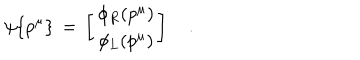
\psi \{ p ^ { \mu } \} \, = \, \left[ \begin{array} { c } { { \phi _ { R } ( p ^ { \mu } ) } } \\ { { \phi _ { L } ( p ^ { \mu } ) } } \\ \end{array} \right] \quad .